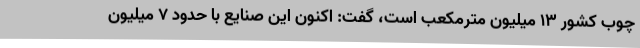
چوب کشور 13 میلیون مترمکعب است، گفت: اکنون این صنایع با حدود 7 میلیون